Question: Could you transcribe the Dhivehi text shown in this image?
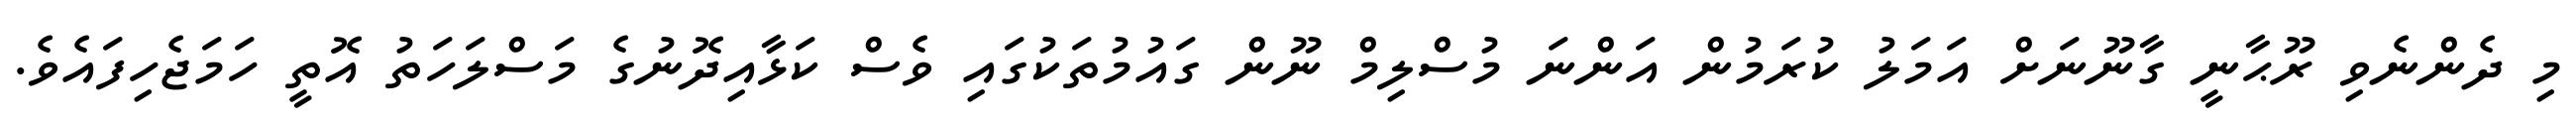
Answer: މި ދެންނެވި ރޫޙާނީ ގާނޫނަށް އަމަލު ކުރަމުން އަންނަ މުސްލިމް ނޫން ގައުމުތަކުގައި ވެސް ކަޅާއިދޮނުގެ މަސްލަހަތު އޮތީ ހަމަޖެހިފައެވެ.